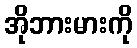
အိုဘားမားကို